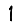
Digit: 1